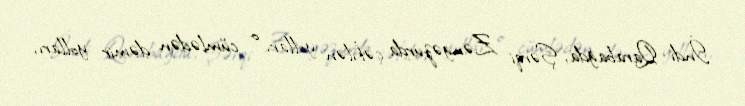
İndi Qarabağda, Şərqi Zəngəzurda çəkilən yollar, o cümlədən dəmir yolları,